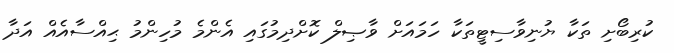
ކުރިބޯށި ތަކާ ޔުނިވާސިޓީތަކާ ހަމައަށް ވާޞިލް ކޮށްދިމުގައި އެންމެ މުހިންމު ޙިއްސާއެއް އަދާ